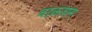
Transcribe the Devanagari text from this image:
वाऊघम